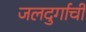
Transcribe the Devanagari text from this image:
जलदुर्गाची